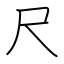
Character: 尺